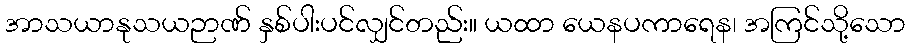
အာသယာနုသယဉာဏ် နှစ်ပါးပင်လျှင်တည်း။ ယထာ ယေနပကာရေန၊ အကြင်သို့သော